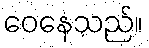
ဝေနေသည်။